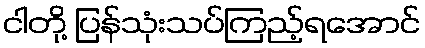
ငါတို့ ပြန်သုံးသပ်ကြည့်ရအောင်